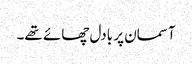
آسمان پر بادل چھائے تھے۔